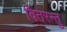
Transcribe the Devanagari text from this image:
वितरन्तु